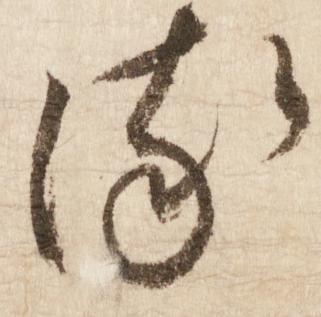
る